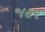
જહર